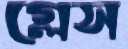
গ্লেস